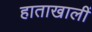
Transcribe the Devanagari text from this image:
हाताखालीं